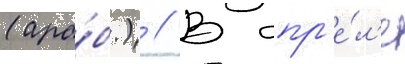
(ара́б.) // В апр'е́л'е